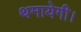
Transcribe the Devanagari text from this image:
थमायेगी।